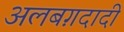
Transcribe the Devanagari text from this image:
अलबग़दादी